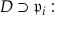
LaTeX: D \supset { \mathfrak { p } } _ { i } :